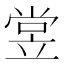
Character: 𬔢